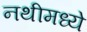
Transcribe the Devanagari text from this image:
नथीमध्ये